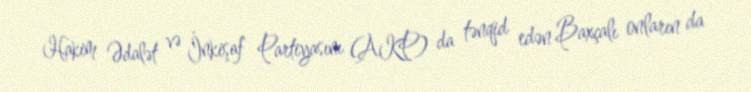
Hakim Ədalət və İnkişaf Partiyasını (AKP) da tənqid edən Baxçalı onların da